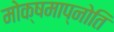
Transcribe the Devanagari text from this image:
मोक्षमाप्नोति